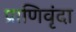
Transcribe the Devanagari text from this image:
प्राणिवृंदा